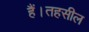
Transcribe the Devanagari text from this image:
हैं।तहसील